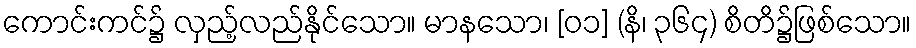
ကောင်းကင်၌ လှည့်လည်နိုင်သော။ မာနသော၊ [၀၁] (နိ၊ ၃၆၄) စိတိ၌ဖြစ်သော။